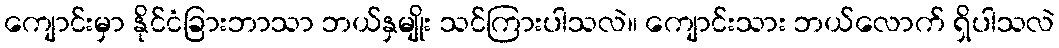
ကျောင်းမှာ နိုင်ငံခြားဘာသာ ဘယ်နှမျိုး သင်ကြားပါသလဲ။ ကျောင်းသား ဘယ်လောက် ရှိပါသလဲ